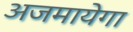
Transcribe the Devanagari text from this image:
अजमायेगा